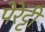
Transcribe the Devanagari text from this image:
पेरेट्टी